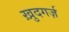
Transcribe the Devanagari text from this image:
ख़ुदगर्ज़